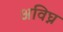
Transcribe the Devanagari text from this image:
अविघ्न